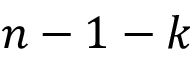
n - 1 - k